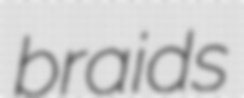
braids